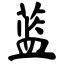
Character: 蓝